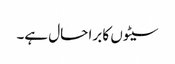
سیٹوں کا برا حال ہے۔